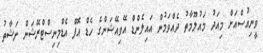
ވީނިއުސްއަށް މިއަދު މައުލޫމާތު ދެއްވަމުން އައިލެންޑް އޭވިއޭޝަންގެ ހެޑް އޮފް އެޑްމިނިސްޓްރޭޝަން ނަޝާތު